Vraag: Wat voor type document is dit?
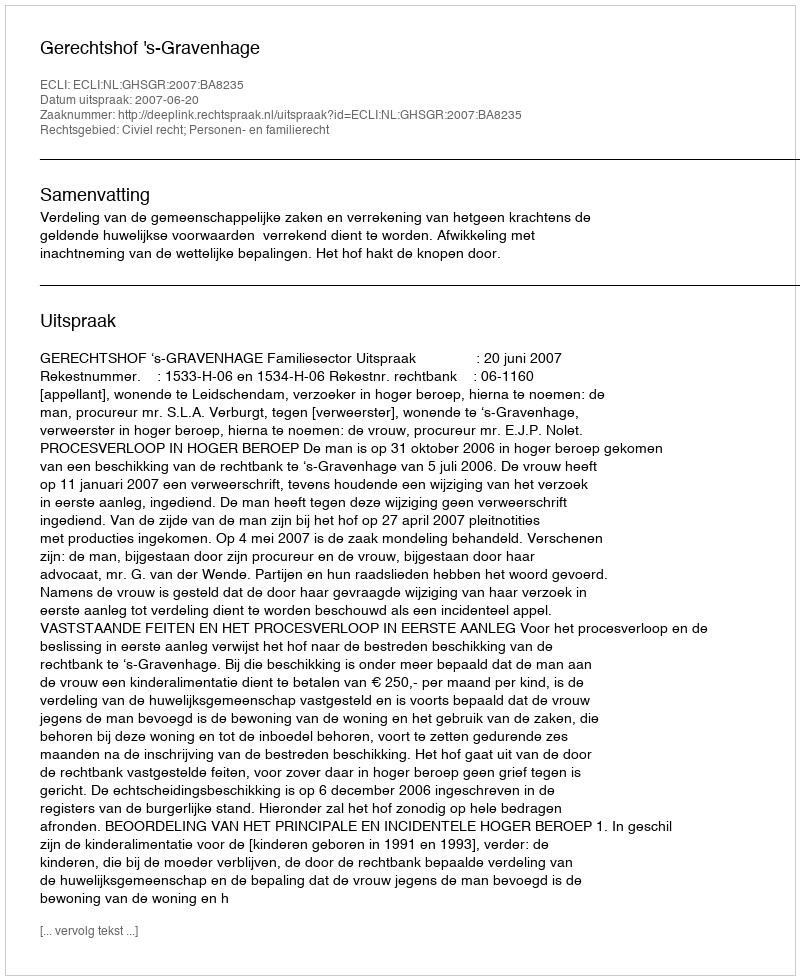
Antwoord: Uitspraak